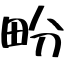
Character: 𤰪